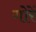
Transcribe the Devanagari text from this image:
गोरें